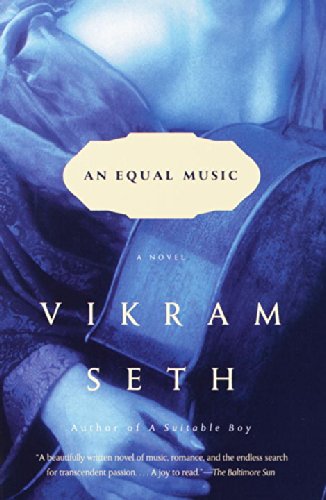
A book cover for An Equal Music: A Novel; Vikram Seth; Literature & Fiction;